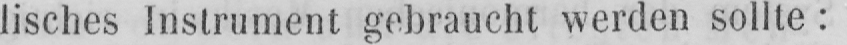
lisches Instrument gebraucht werden sollte: